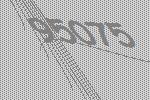
95075